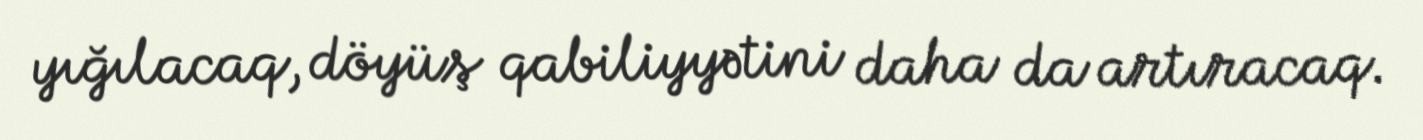
yığılacaq, döyüş qabiliyyətini daha da artıracaq.